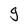
Character: g